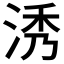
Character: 𣵛